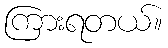
ကြားရတယ်။